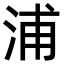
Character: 浦